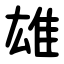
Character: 雄